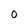
Character: o